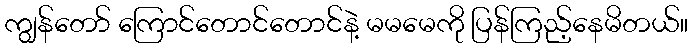
ကျွန်တော် ကြောင်တောင်တောင်နဲ့ မမမေကို ပြန်ကြည့်နေမိတယ်။